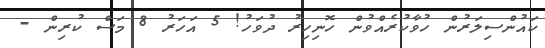
ކައުންސިލަރުން ހުވާކުރެއްވުން ހޮނިހިރު ދުވަހު! 5 އަހަރު 8 މަސް ކުރިން -